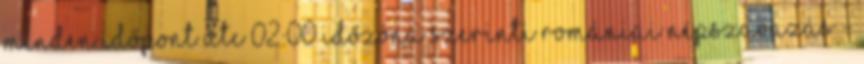
Minden időpont UTC 02:00 időzóna szerinti Romániai népszavazás -